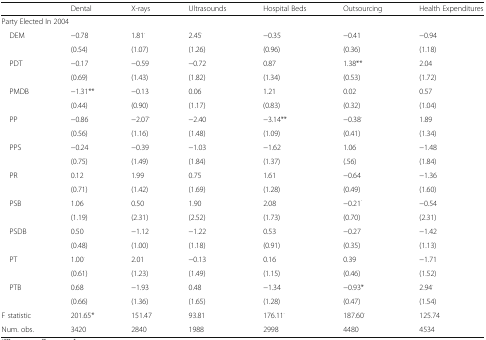
<table><thead><tr><td></td><td><b>Dental</b></td><td><b>X-rays</b></td><td><b>Ultrasounds</b></td><td><b>Hospital Beds</b></td><td><b>Outsourcing</b></td><td><b>Health Expenditures</b></td></tr></thead><tbody><tr><td colspan="7">Party Elected In 2004</td></tr><tr><td> DEM</td><td>−0.78</td><td>1.81<sup>.</sup></td><td>2.45<sup>.</sup></td><td>−0.35</td><td>−0.41</td><td>−0.94</td></tr><tr><td></td><td>(0.54)</td><td>(1.07)</td><td>(1.26)</td><td>(0.96)</td><td>(0.36)</td><td>(1.18)</td></tr><tr><td> PDT</td><td>−0.17</td><td>−0.59</td><td>−0.72</td><td>0.87</td><td>1.38**</td><td>2.04</td></tr><tr><td></td><td>(0.69)</td><td>(1.43)</td><td>(1.82)</td><td>(1.34)</td><td>(0.53)</td><td>(1.72)</td></tr><tr><td> PMDB</td><td>−1.31**</td><td>−0.13</td><td>0.06</td><td>1.21</td><td>0.02</td><td>0.57</td></tr><tr><td></td><td>(0.44)</td><td>(0.90)</td><td>(1.17)</td><td>(0.83)</td><td>(0.32)</td><td>(1.04)</td></tr><tr><td> PP</td><td>−0.86</td><td>−2.07<sup>.</sup></td><td>−2.40</td><td>−3.14**</td><td>−0.38<sup>.</sup></td><td>1.89</td></tr><tr><td></td><td>(0.56)</td><td>(1.16)</td><td>(1.48)</td><td>(1.09)</td><td>(0.41)</td><td>(1.34)</td></tr><tr><td> PPS</td><td>−0.24</td><td>−0.39</td><td>−1.03</td><td>−1.62</td><td>1.06</td><td>−1.48</td></tr><tr><td></td><td>(0.75)</td><td>(1.49)</td><td>(1.84)</td><td>(1.37)</td><td>(.56)</td><td>(1.84)</td></tr><tr><td> PR</td><td>0.12</td><td>1.99</td><td>0.75</td><td>1.61</td><td>−0.64</td><td>−1.36</td></tr><tr><td></td><td>(0.71)</td><td>(1.42)</td><td>(1.69)</td><td>(1.28)</td><td>(0.49)</td><td>(1.60)</td></tr><tr><td> PSB</td><td>1.06</td><td>0.50</td><td>1.90</td><td>2.08</td><td>−0.21<sup>·</sup></td><td>−0.54</td></tr><tr><td></td><td>(1.19)</td><td>(2.31)</td><td>(2.52)</td><td>(1.73)</td><td>(0.70)</td><td>(2.31)</td></tr><tr><td> PSDB</td><td>0.50</td><td>−1.12</td><td>−1.22</td><td>0.53</td><td>−0.27</td><td>−1.42</td></tr><tr><td></td><td>(0.48)</td><td>(1.00)</td><td>(1.18)</td><td>(0.91)</td><td>(0.35)</td><td>(1.13)</td></tr><tr><td> PT</td><td>1.00<sup>.</sup></td><td>2.01</td><td>−0.13</td><td>0.16</td><td>0.39</td><td>−1.71</td></tr><tr><td></td><td>(0.61)</td><td>(1.23)</td><td>(1.49)</td><td>(1.15)</td><td>(0.46)</td><td>(1.52)</td></tr><tr><td> PTB</td><td>0.68</td><td>−1.93</td><td>0.48</td><td>−1.34</td><td>−0.93*</td><td>2.94<sup>.</sup></td></tr><tr><td></td><td>(0.66)</td><td>(1.36)</td><td>(1.65)</td><td>(1.28)</td><td>(0.47)</td><td>(1.54)</td></tr><tr><td>F statistic</td><td>201.65*</td><td>151.47</td><td>93.81</td><td>176.11<sup>.</sup></td><td>187.60<sup>.</sup></td><td>125.74</td></tr><tr><td>Num. obs.</td><td>3420</td><td>2840</td><td>1988</td><td>2998</td><td>4480</td><td>4534</td></tr></tbody></table>